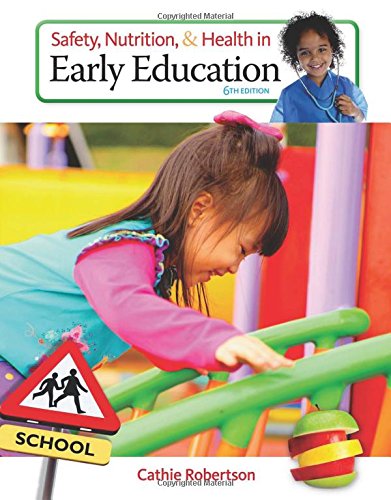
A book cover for Safety, Nutrition and Health in Early Education; Cathie Robertson; Education & Teaching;